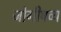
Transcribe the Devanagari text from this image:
जोगीषव्य